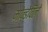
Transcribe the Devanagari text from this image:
मोन्डेविले